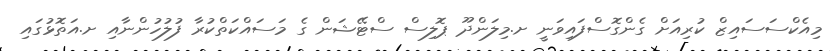
މިއެކްސަސައިޒް ކުރިއަށް ގެންގޮސްފައިވަނީ ށ.މިލަންދޫ ޕޮލިސް ސްޓޭޝަން ގެ މަސައްކަތްކުރާ ފުލުހުންނާއި ށ.އަތޮޅުގައި